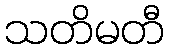
သတိမတီ